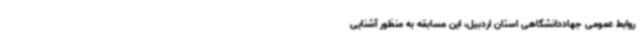
روابط عمومی جهاددانشگاهی استان اردبیل، این مسابقه به منظور آشنایی